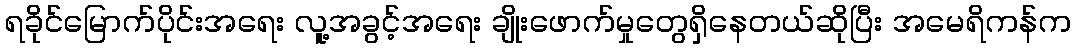
ရခိုင်မြောက်ပိုင်းအရေး လူ့အခွင့်အရေး ချိုးဖောက်မှုတွေရှိနေတယ်ဆိုပြီး အမေရိကန်က